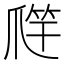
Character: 𱭁